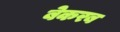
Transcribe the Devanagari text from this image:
बेकरब